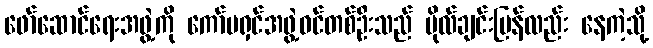
ဖော်ဆောင်ရေးအဖွဲ့ကို ကော်မရှင်အဖွဲ့ဝင်တစ်ဦးသည် ဗိုလ်ချင်းပြန်လည်း နေကဲ့သို့